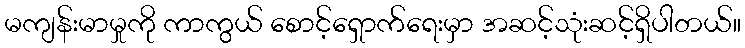
မကျန်းမာမှုကို ကာကွယ် စောင့်ရှောက်ရေးမှာ အဆင့်သုံးဆင့်ရှိပါတယ်။